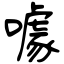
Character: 噱